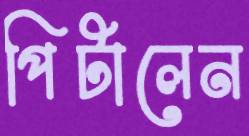
পিটালেন